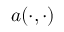
a ( \cdot , \cdot )